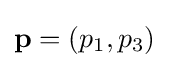
\mathbf {p} =(p_{1},p_{3})